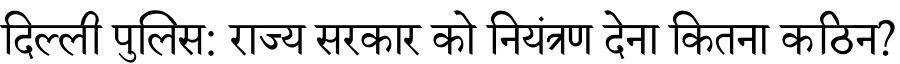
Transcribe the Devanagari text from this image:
दिल्ली पुलिस: राज्य सरकार को नियंत्रण देना कितना कठिन?